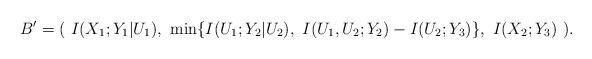
LaTeX: \begin{align*} B'&=(\ I(X_1;Y_1|U_1),\ \min\{I(U_1;Y_2|U_2),\ I(U_1,U_2;Y_2)- I(U_2;Y_3) \} ,\ I(X_2;Y_3)\ ).\end{align*}